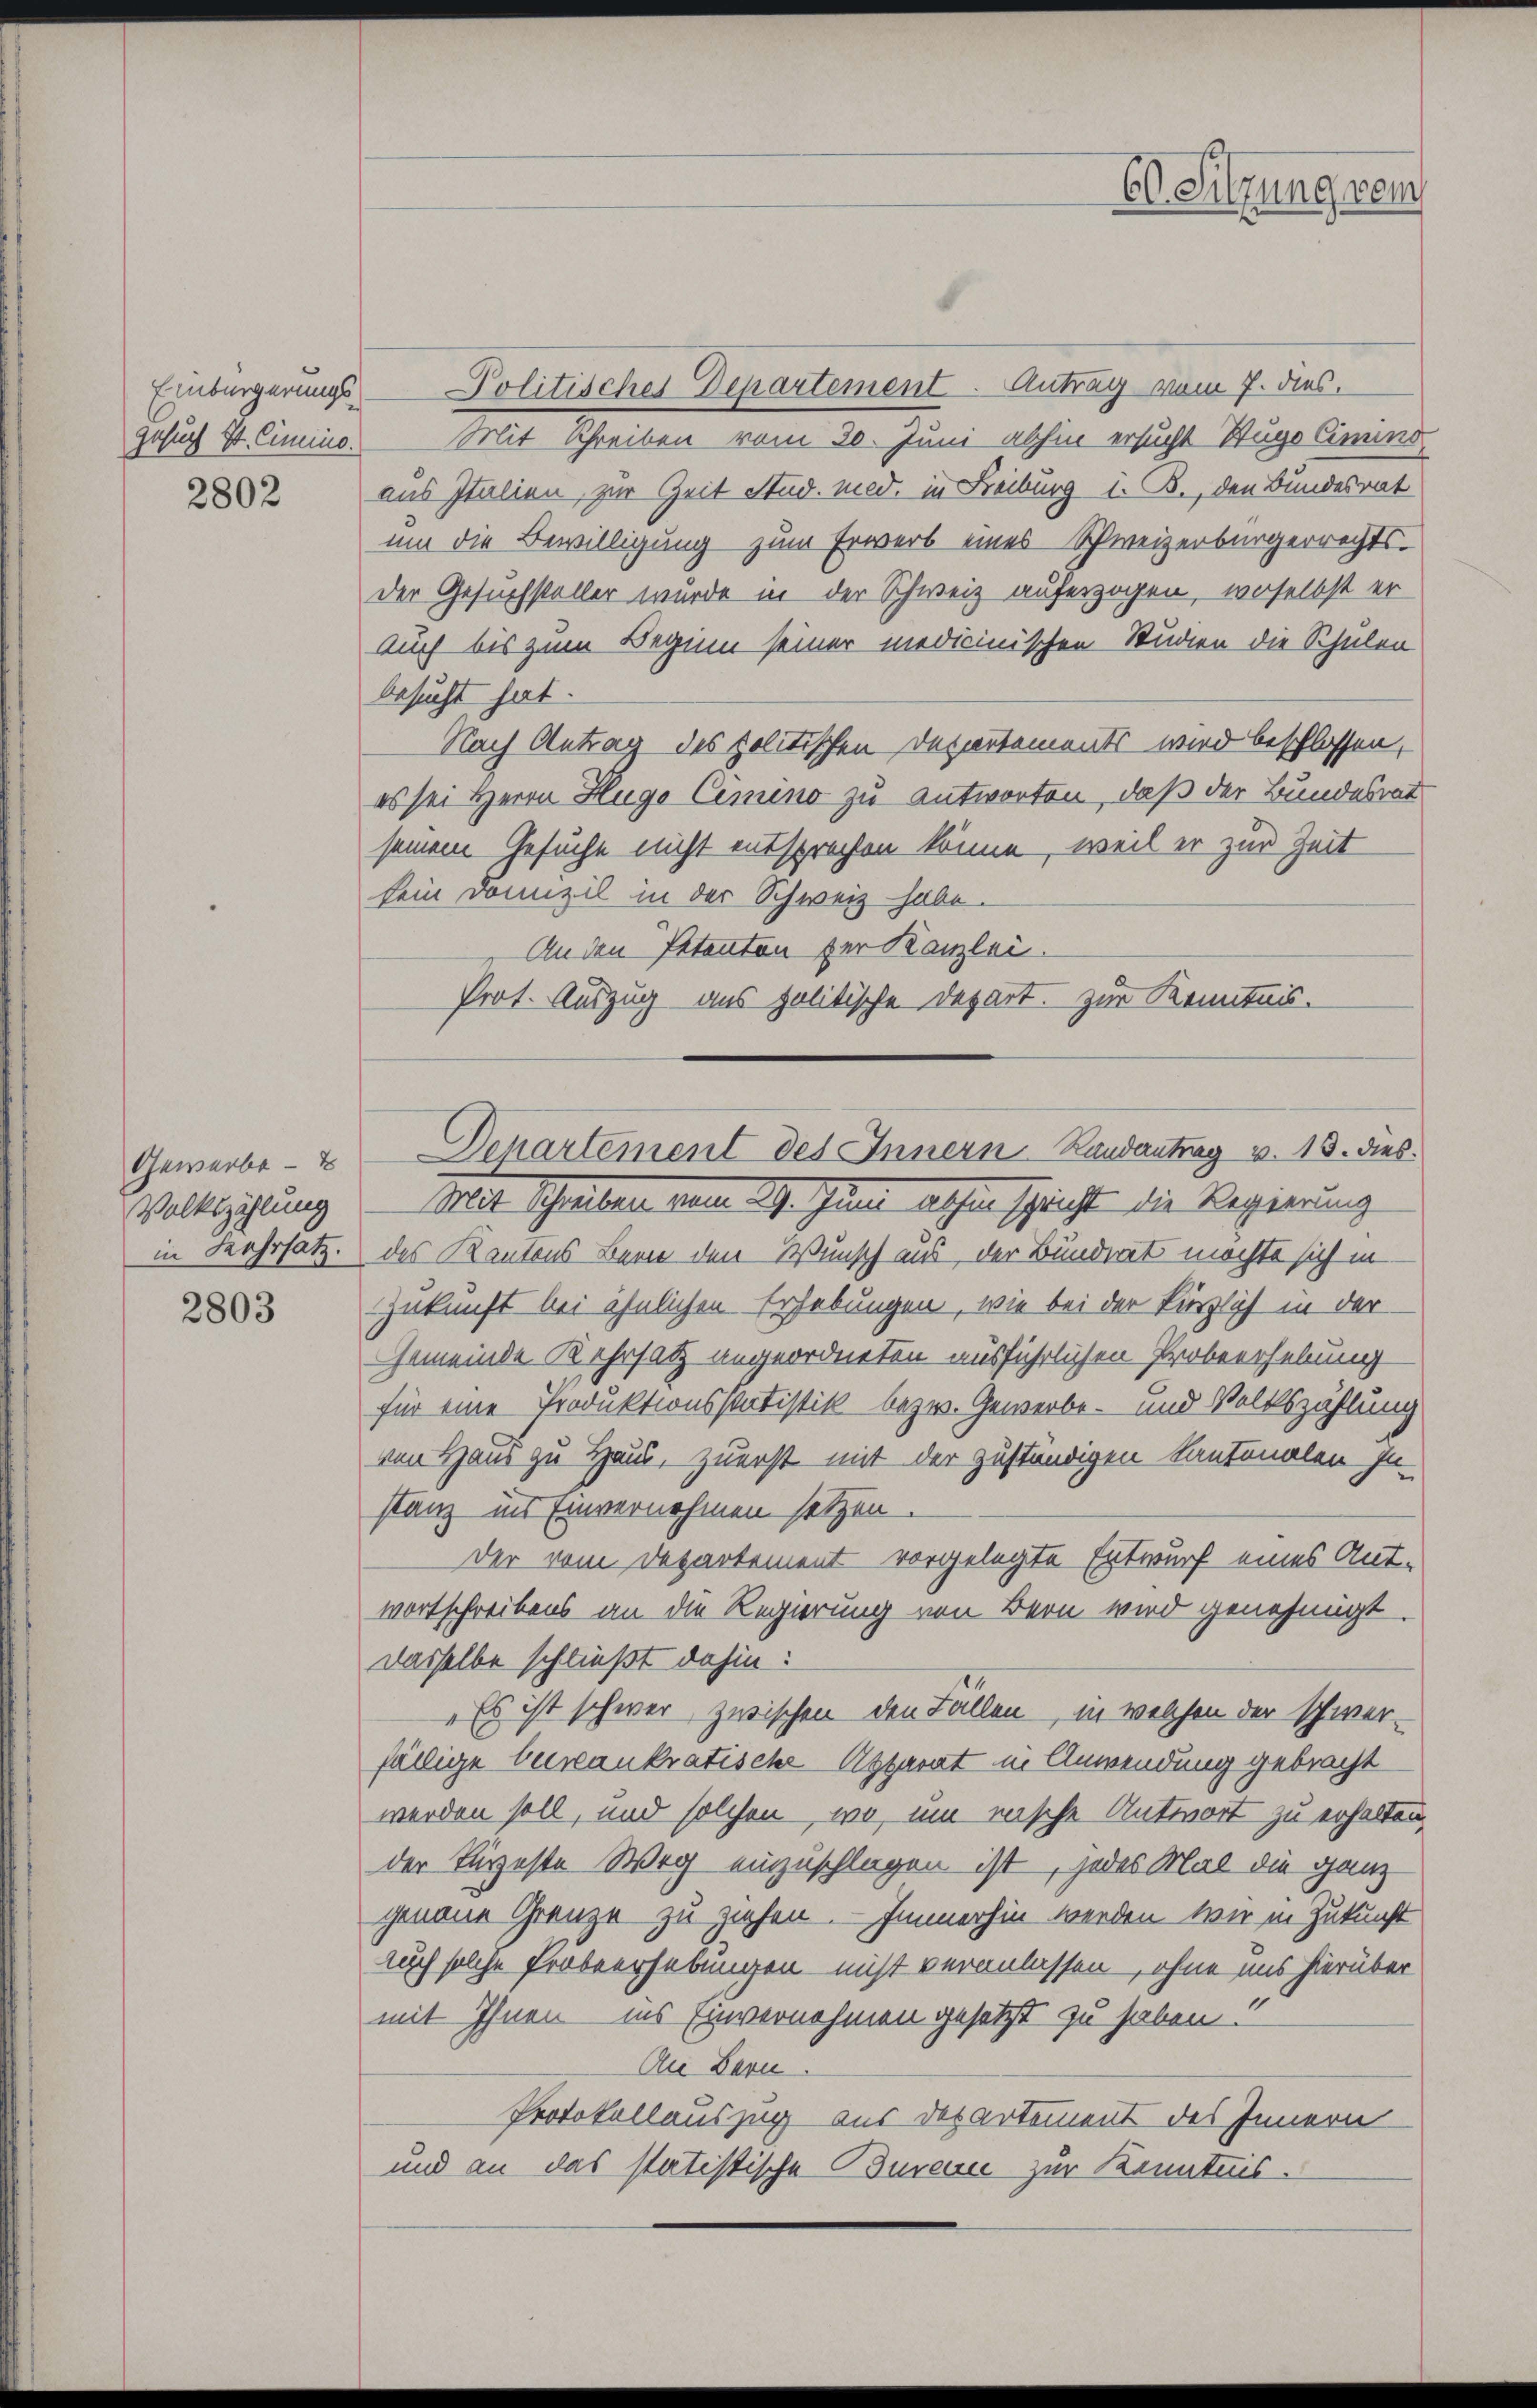
2802

Gewerbe -
Volkszählung
in Kehrsatz.

2803

Einbürgerungs - Politisches Departement. Antrag vom 7. dies
Gesuch St. Cimino. Mit Schreiben vom 30. Juni abhin ersucht Hugo Cimind
aus Italien, zur Zeit Stud. med. in Freiburg i. B., den Bundesrat
um die Bewilligung zum Erwerb eines Schweizerbürgerrechtsder Gesuchsteller wurde in der Schweiz auferzogen, woselbst er
Auch bis zum Beginn seiner medicinischen Studien die Schulen
besucht hat.
Nach Antrag des politischen Departements wird beschlossen,
es sei Herrn Hugo Cimino zu antworten, daß der Bundesrat
seinem Gesuche nicht entsprechen könne, weil er zur Zeit
kein Domizil in der Schweiz habe.
An den Petenton der Kanzlei.
Prot. Auszug aus politische Depart. Zur Kenntnis.

Ma Schreiben mit 19. Juni alhier schricht die Regierung
des Kantons Bern den Wunsch aus, der Bunderets möchte sich in
Zukunft bei ähnlichen Erhebungen, wie bei der kürzlich in der
Gemeinde Kehrsatz angeordneten ausführlichen Probeerhebung
für eine Produktionsstatistik bezw. Gewerbe- und Volkszählung
von Haus zu Haus, zuerst mit der zuständigen Kantonalen In-
stanz ins Einvernehmen setzen.
Der vom Departement vorgelegte Entwurf eines Antwortschreibens an die Regierung von Bern wird genehmigt.
dasselbe schließt dahin:
„Es ist schwer zwischen den Fällen, in welchen der schwer-
fällige beinaukratische Apparat in Anwendung gebracht
werden soll, und solchen, wo, um mische Antwort zu erhalten,
der Kürzeste Weg einzuschlagen ist, jedes Mal die ganz
genaue Grenze zu ziehen. — Immerhin werden wir in Zukunft
auch solche Probeerhebungen nicht veranlassen, ohne uns hierüber
mit Ihnen ins Einvernehmen gesetzt zu haben!
An Bern.
Protokollauszug aus Departement des Innern
und an das statistische Bureau zur Kenntnis.

E Sitzung vom

Departement des Innern Landantrag v. 13. dies